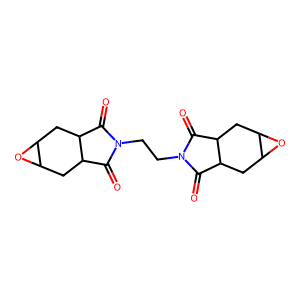
SMILES: O=C1C2CC3OC3CC2C(=O)N1CCN1C(=O)C2CC3OC3CC2C1=O
Inhibits HIV replication: No